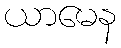
ယာမေန